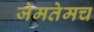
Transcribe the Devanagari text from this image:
जेमतेमच